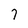
Character: 7